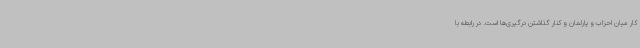
کار میان احزاب و پارلمان و کنار گذاشتن درگیری‌ها است. در رابطه با